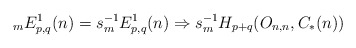
\begin{align*}{}_{m}E^{1}_{p,q}(n) = s_{m}^{-1}E^{1}_{p,q}(n) \Rightarrow s_{m}^{-1}H_{p+q}(O_{n,n}, C_{*}(n)) \end{align*}